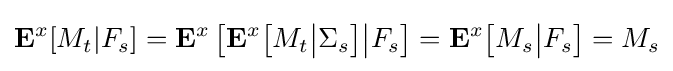
\mathbf {E} ^{x}[M_{t}|F_{s}]=\mathbf {E} ^{x}\left[\mathbf {E} ^{x}{\big [}M_{t}{\big |}\Sigma _{s}{\big ]}{\big |}F_{s}\right]=\mathbf {E} ^{x}{\big [}M_{s}{\big |}F_{s}{\big ]}=M_{s}